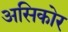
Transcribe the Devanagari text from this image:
असिकोर